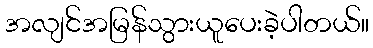
အလျင်အမြန်သွားယူပေးခဲ့ပါတယ်။